Scottish Leaving Certificate Examination, 1959
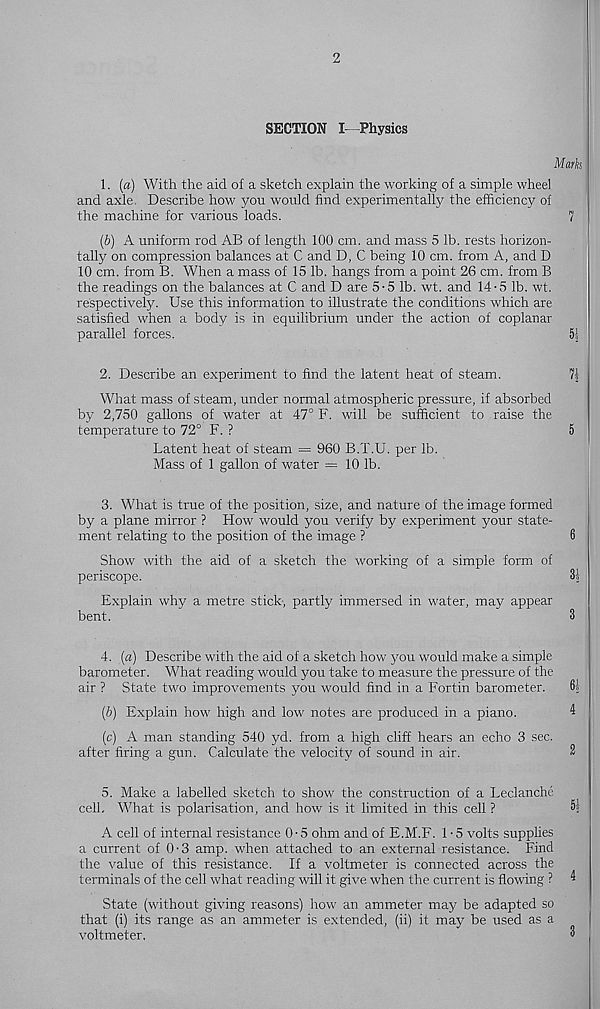
2
SECTION I—Physics
Mark
1. (a) With the aid of a sketch explain the working of a simple wheel
and axle. Describe how you would find experimentally the efficiency of
the machine for various loads.
7
(b) A uniform rod AB of length 100 cm. and mass 5 lb. rests horizon-
tally on compression balances at C and D, C being 10 cm. from A, and D
10 cm. from B. When a mass of 15 lb. hangs from a point 26 cm. from B
the readings on the balances at C and D are 5-5 lb. wt. and 14-5 lb. wt.
respectively. Use this information to illustrate the conditions which are
satisfied when a body is in equilibrium under the action of coplanar
parallel forces.
5!
2. Describe an experiment to find the latent heat of steam.
What mass of steam, under normal atmospheric pressure, if absorbed
by 2,750 gallons of water at 47° F. will be sufficient to raise the
temperature to 72° F. ?
5
Latent heat of steam = 960 B.T.U. per lb.
Mass of 1 gallon of water = 10 lb.
3. What is true of the position, size, and nature of the image formed
by a plane mirror ? How would you verify by experiment your state-
ment relating to the position of the image ?
6
Show with the aid of a sketch the working of a simple form of
periscope.
31
Explain why a metre stick, partly immersed in water, may appear
bent.
3
4. (a) Describe with the aid of a sketch how you would make a simple
barometer. What reading would you take to measure the pressure of the
air ? State two improvements you would find in a Fortin barometer.
61
(6) Explain how high and low notes are produced in a piano.
4
(c) A man standing 540 yd. from a high cliff hears an echo 3 sec.
after firing a gun. Calculate the velocity of sound in air.
3
5. Make a labelled sketch to show the construction of a Leclanche
cell. What is polarisation, and how is it limited in this cell ?
A cell of internal resistance 0-5 ohm and of E.M.F. 1-5 volts supplies
a current of 0-3 amp. when attached to an external resistance. Find
the value of this resistance. If a voltmeter is connected across the
terminals of the cell what reading will it give when the current is flowing ? 4
State (without giving reasons) how an ammeter may be adapted so
that (i) its range as an ammeter is extended, (ii) it may be used as a
voltmeter,
6